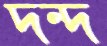
দন্দ